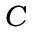
C